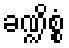
ခဏ္ဍိစ္စံ